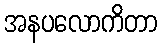
အနပလောကိတာ